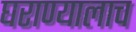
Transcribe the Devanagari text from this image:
घराण्यालाच